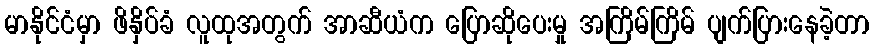
မာနိုင်ငံမှာ ဖိနှိပ်ခံ လူထုအတွက် အာဆီယံက ပြောဆိုပေးမှု အကြိမ်ကြိမ် ပျက်ပြားနေခဲ့တာ